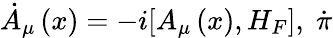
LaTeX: \dot{A}_{\mu}\left(x\right)=-i[A_{\mu}\left(x\right),H_{F}],\; \dot{\pi}